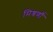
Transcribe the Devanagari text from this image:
मिश्रणॉं